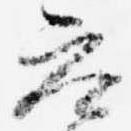
参